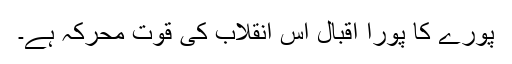
پورے کا پورا اقبال اس انقلاب کی قوت محرکہ ہے۔